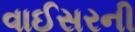
વાઈસરની